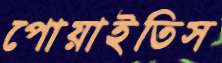
পোয়াইতিস